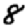
Digit: 8